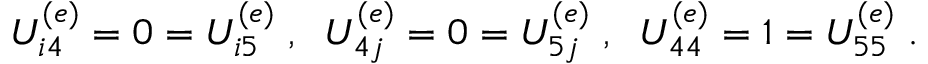
U _ { i 4 } ^ { ( e ) } = 0 = U _ { i 5 } ^ { ( e ) } \; , \; \; U _ { 4 j } ^ { ( e ) } = 0 = U _ { 5 j } ^ { ( e ) } \; , \; \; U _ { 4 4 } ^ { ( e ) } = 1 = U _ { 5 5 } ^ { ( e ) } \; .